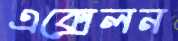
এক্সেলন